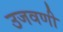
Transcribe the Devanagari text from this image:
उजवणी